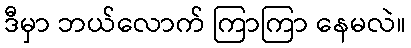
ဒီမှာ ဘယ်လောက် ကြာကြာ နေမလဲ။